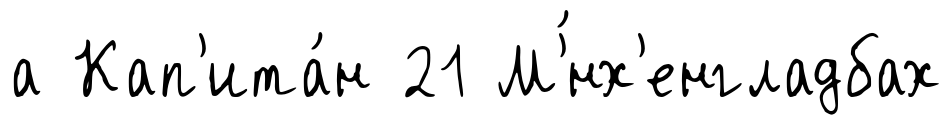
а Кап'ита́н 21 М'́нх'енгладбах